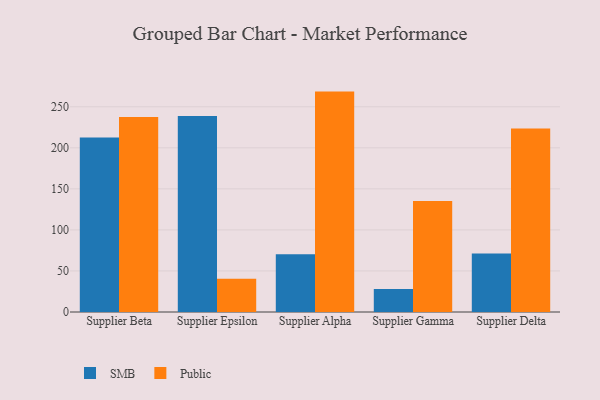
{"axis": {"x": "Supplier", "y": "Page Views"}, "legend": ["Public", "SMB"], "data": [{"x": "Supplier Beta", "y": 212.5, "type": "SMB"}, {"x": "Supplier Beta", "y": 237.5, "type": "Public"}, {"x": "Supplier Epsilon", "y": 238.7, "type": "SMB"}, {"x": "Supplier Epsilon", "y": 40.6, "type": "Public"}, {"x": "Supplier Alpha", "y": 70.4, "type": "SMB"}, {"x": "Supplier Alpha", "y": 268.5, "type": "Public"}, {"x": "Supplier Gamma", "y": 28.1, "type": "SMB"}, {"x": "Supplier Gamma", "y": 135.1, "type": "Public"}, {"x": "Supplier Delta", "y": 71.2, "type": "SMB"}, {"x": "Supplier Delta", "y": 223.4, "type": "Public"}]}